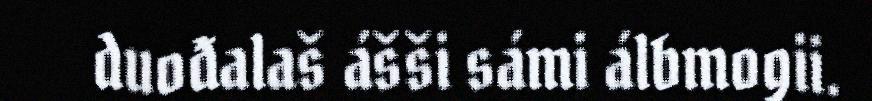
duođalaš ášši sámi álbmogii.